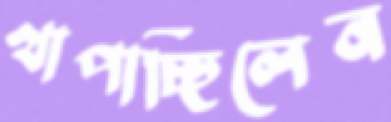
খাপাচ্ছিলেন